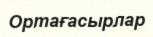
Ортағасырлар